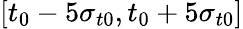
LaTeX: [t_{0}-5\sigma_{t0},t_{0}+5\sigma_{t0}]